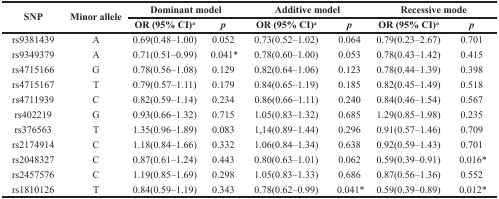
<table><thead><tr><td rowspan="2"><b>SNP</b></td><td rowspan="2"><b>Minor allele</b></td><td colspan="2"><b>Dominant model</b></td><td colspan="2"><b>Additive model</b></td><td colspan="2"><b>Recessive mode</b></td></tr><tr><td><b>OR (95% CI)<sup>a</sup></b></td><td><b><i>p</i></b></td><td><b>OR (95% CI)<sup>a</sup></b></td><td><b><i>p</i></b></td><td><b>OR (95% CI)<sup>a</sup></b></td><td><b><i>p</i></b></td></tr></thead><tbody><tr><td>rs9381439</td><td>A</td><td>0.69(0.48–1.00)</td><td>0.052</td><td>0.73(0.52–1.02)</td><td>0.064</td><td>0.79(0.23–2.67)</td><td>0.701</td></tr><tr><td>rs9349379</td><td>A</td><td>0.71(0.51–0.99)</td><td>0.041<sup>*</sup></td><td>0.78(0.60–1.00)</td><td>0.053</td><td>0.78(0.43–1.42)</td><td>0.415</td></tr><tr><td>rs4715166</td><td>G</td><td>0.78(0.56–1.08)</td><td>0.129</td><td>0.82(0.64–1.06)</td><td>0.123</td><td>0.78(0.44–1.39)</td><td>0.398</td></tr><tr><td>rs4715167</td><td>T</td><td>0.79(0.57–1.11)</td><td>0.179</td><td>0.84(0.65–1.19)</td><td>0.185</td><td>0.82(0.45–1.49)</td><td>0.518</td></tr><tr><td>rs4711939</td><td>C</td><td>0.82(0.59–1.14)</td><td>0.234</td><td>0.86(0.66–1.11)</td><td>0.240</td><td>0.84(0.46–1.54)</td><td>0.567</td></tr><tr><td>rs402219</td><td>G</td><td>0.93(0.66–1.32)</td><td>0.715</td><td>1.05(0.83–1.32)</td><td>0.685</td><td>1.29(0.85–1.98)</td><td>0.235</td></tr><tr><td>rs376563</td><td>T</td><td>1.35(0.96–1.89)</td><td>0.083</td><td>1,14(0.89–1.44)</td><td>0.296</td><td>0.91(0.57–1.46)</td><td>0.709</td></tr><tr><td>rs2174914</td><td>C</td><td>1.18(0.84–1.66)</td><td>0.332</td><td>1.06(0.84–1.34)</td><td>0.638</td><td>0.92(0.59–1.43)</td><td>0.701</td></tr><tr><td>rs2048327</td><td>C</td><td>0.87(0.61–1.24)</td><td>0.443</td><td>0.80(0.63–1.01)</td><td>0.062</td><td>0.59(0.39–0.91)</td><td>0.016*</td></tr><tr><td>rs2457576</td><td>C</td><td>1.19(0.85–1.69)</td><td>0.298</td><td>1.05(0.83–1.33)</td><td>0.686</td><td>0.87(0.56–1.36)</td><td>0.552</td></tr><tr><td>rs1810126</td><td>T</td><td>0.84(0.59–1.19)</td><td>0.343</td><td>0.78(0.62–0.99)</td><td>0.041<sup>*</sup></td><td>0.59(0.39–0.89)</td><td>0.012<sup>*</sup></td></tr></tbody></table>